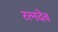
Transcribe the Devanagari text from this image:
रत्नदेव